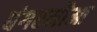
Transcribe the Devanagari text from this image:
बंगरमौआ